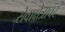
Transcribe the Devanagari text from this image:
सेवाक्षेत्रावर